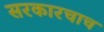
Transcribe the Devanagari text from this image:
सरकारचाच